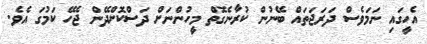
އެހީގައި ނަމަވެސް ދަރަޖަތައް ބޭނުން ކުރާނެގޮތް މީހުންނަށް ދަސްކޮށްދޭން ޖެހޭ ކަމުގަ އެވެ.